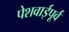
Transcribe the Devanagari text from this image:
पेशवाईपूर्व